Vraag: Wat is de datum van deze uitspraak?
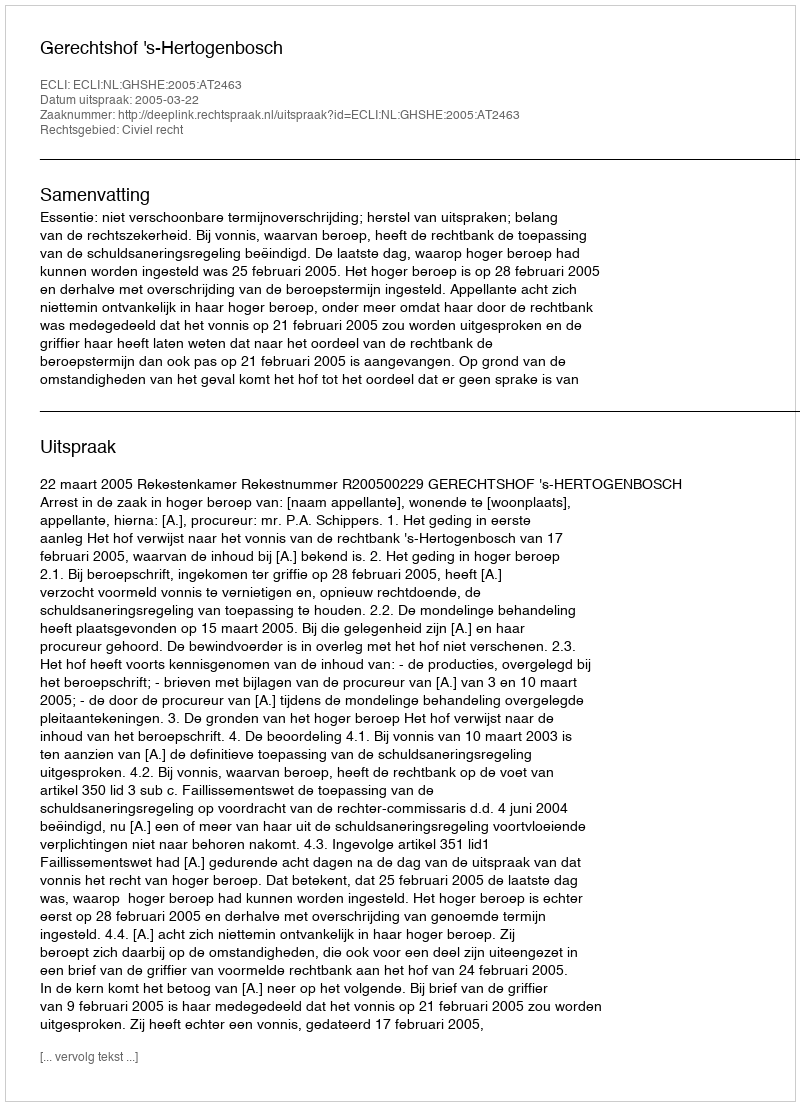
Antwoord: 2005-03-22